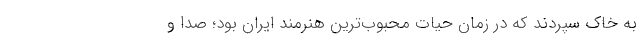
به خاک سپردند که در زمان حیات محبوب‌ترین هنرمند ایران بود؛ صدا و